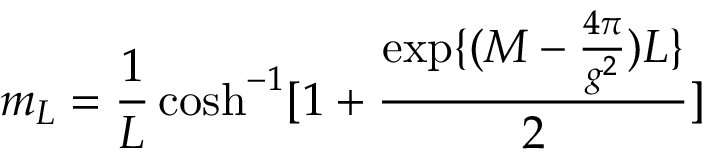
m _ { L } = \frac { 1 } { L } \cosh ^ { - 1 } [ 1 + \frac { \exp \{ ( M - \frac { 4 \pi } { g ^ { 2 } } ) L \} } { 2 } ]